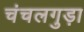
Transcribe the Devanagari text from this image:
चंचलगुड़ा